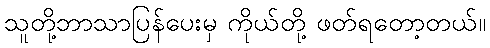
သူတို့ဘာသာပြန်ပေးမှ ကိုယ်တို့ ဖတ်ရတော့တယ်။